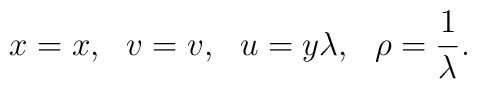
x=x,~~v=v,~~u=y\lambda,~~\rho=\frac{1}{\lambda}.